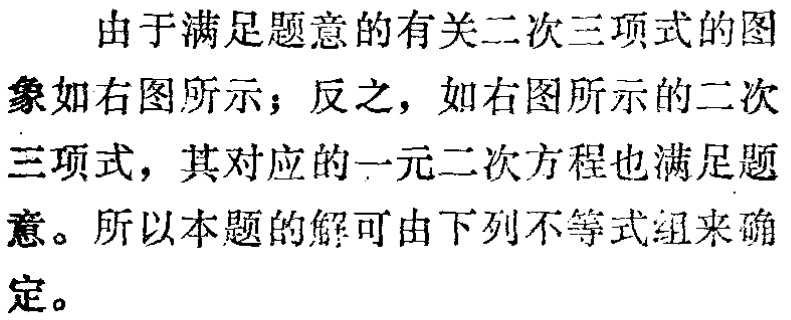
由于满足题意的有关二次三项式的图
象如右图所示；反之，如右图所示的二次
三项式，其对应的一元二次方程也满足题
意。所以本题的解可由下列不等式组来确
定。